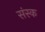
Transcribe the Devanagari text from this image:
संस्क